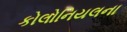
કોલોનિયલના